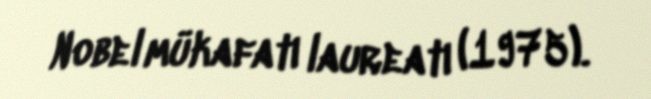
Nobel mükafatı laureatı (1975).